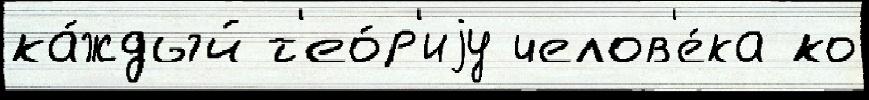
ка́ждый т'ео́р'иjу челов'е́ка ко